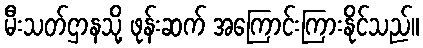
မီးသတ်ဌာနသို့ ဖုန်းဆက် အကြောင်းကြားနိုင်သည်။